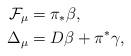
LaTeX: \begin{align*}\mathcal F_\mu &= \pi_* \beta,\\ \Delta_\mu &= D\beta+\pi^*\gamma,\end{align*}